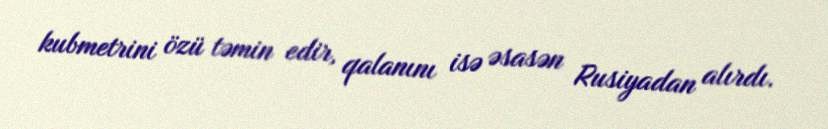
kubmetrini özü təmin edir, qalanını isə əsasən Rusiyadan alırdı.